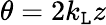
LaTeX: \theta=2k_{\mathtt{L}}z